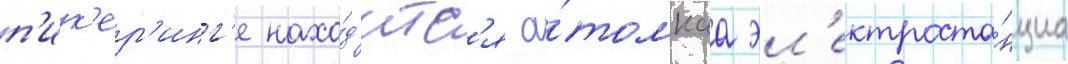
п'ик'ер'инг'е нахо́д'итс'я а́томнаа эл'ектроста́нциа